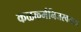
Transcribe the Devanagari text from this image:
कळकर्मनिजस्वभावा